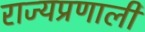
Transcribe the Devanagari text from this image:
राज्यप्रणाली